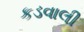
કડવાલી